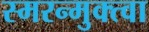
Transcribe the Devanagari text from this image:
स्मरन्मुक्त्वा